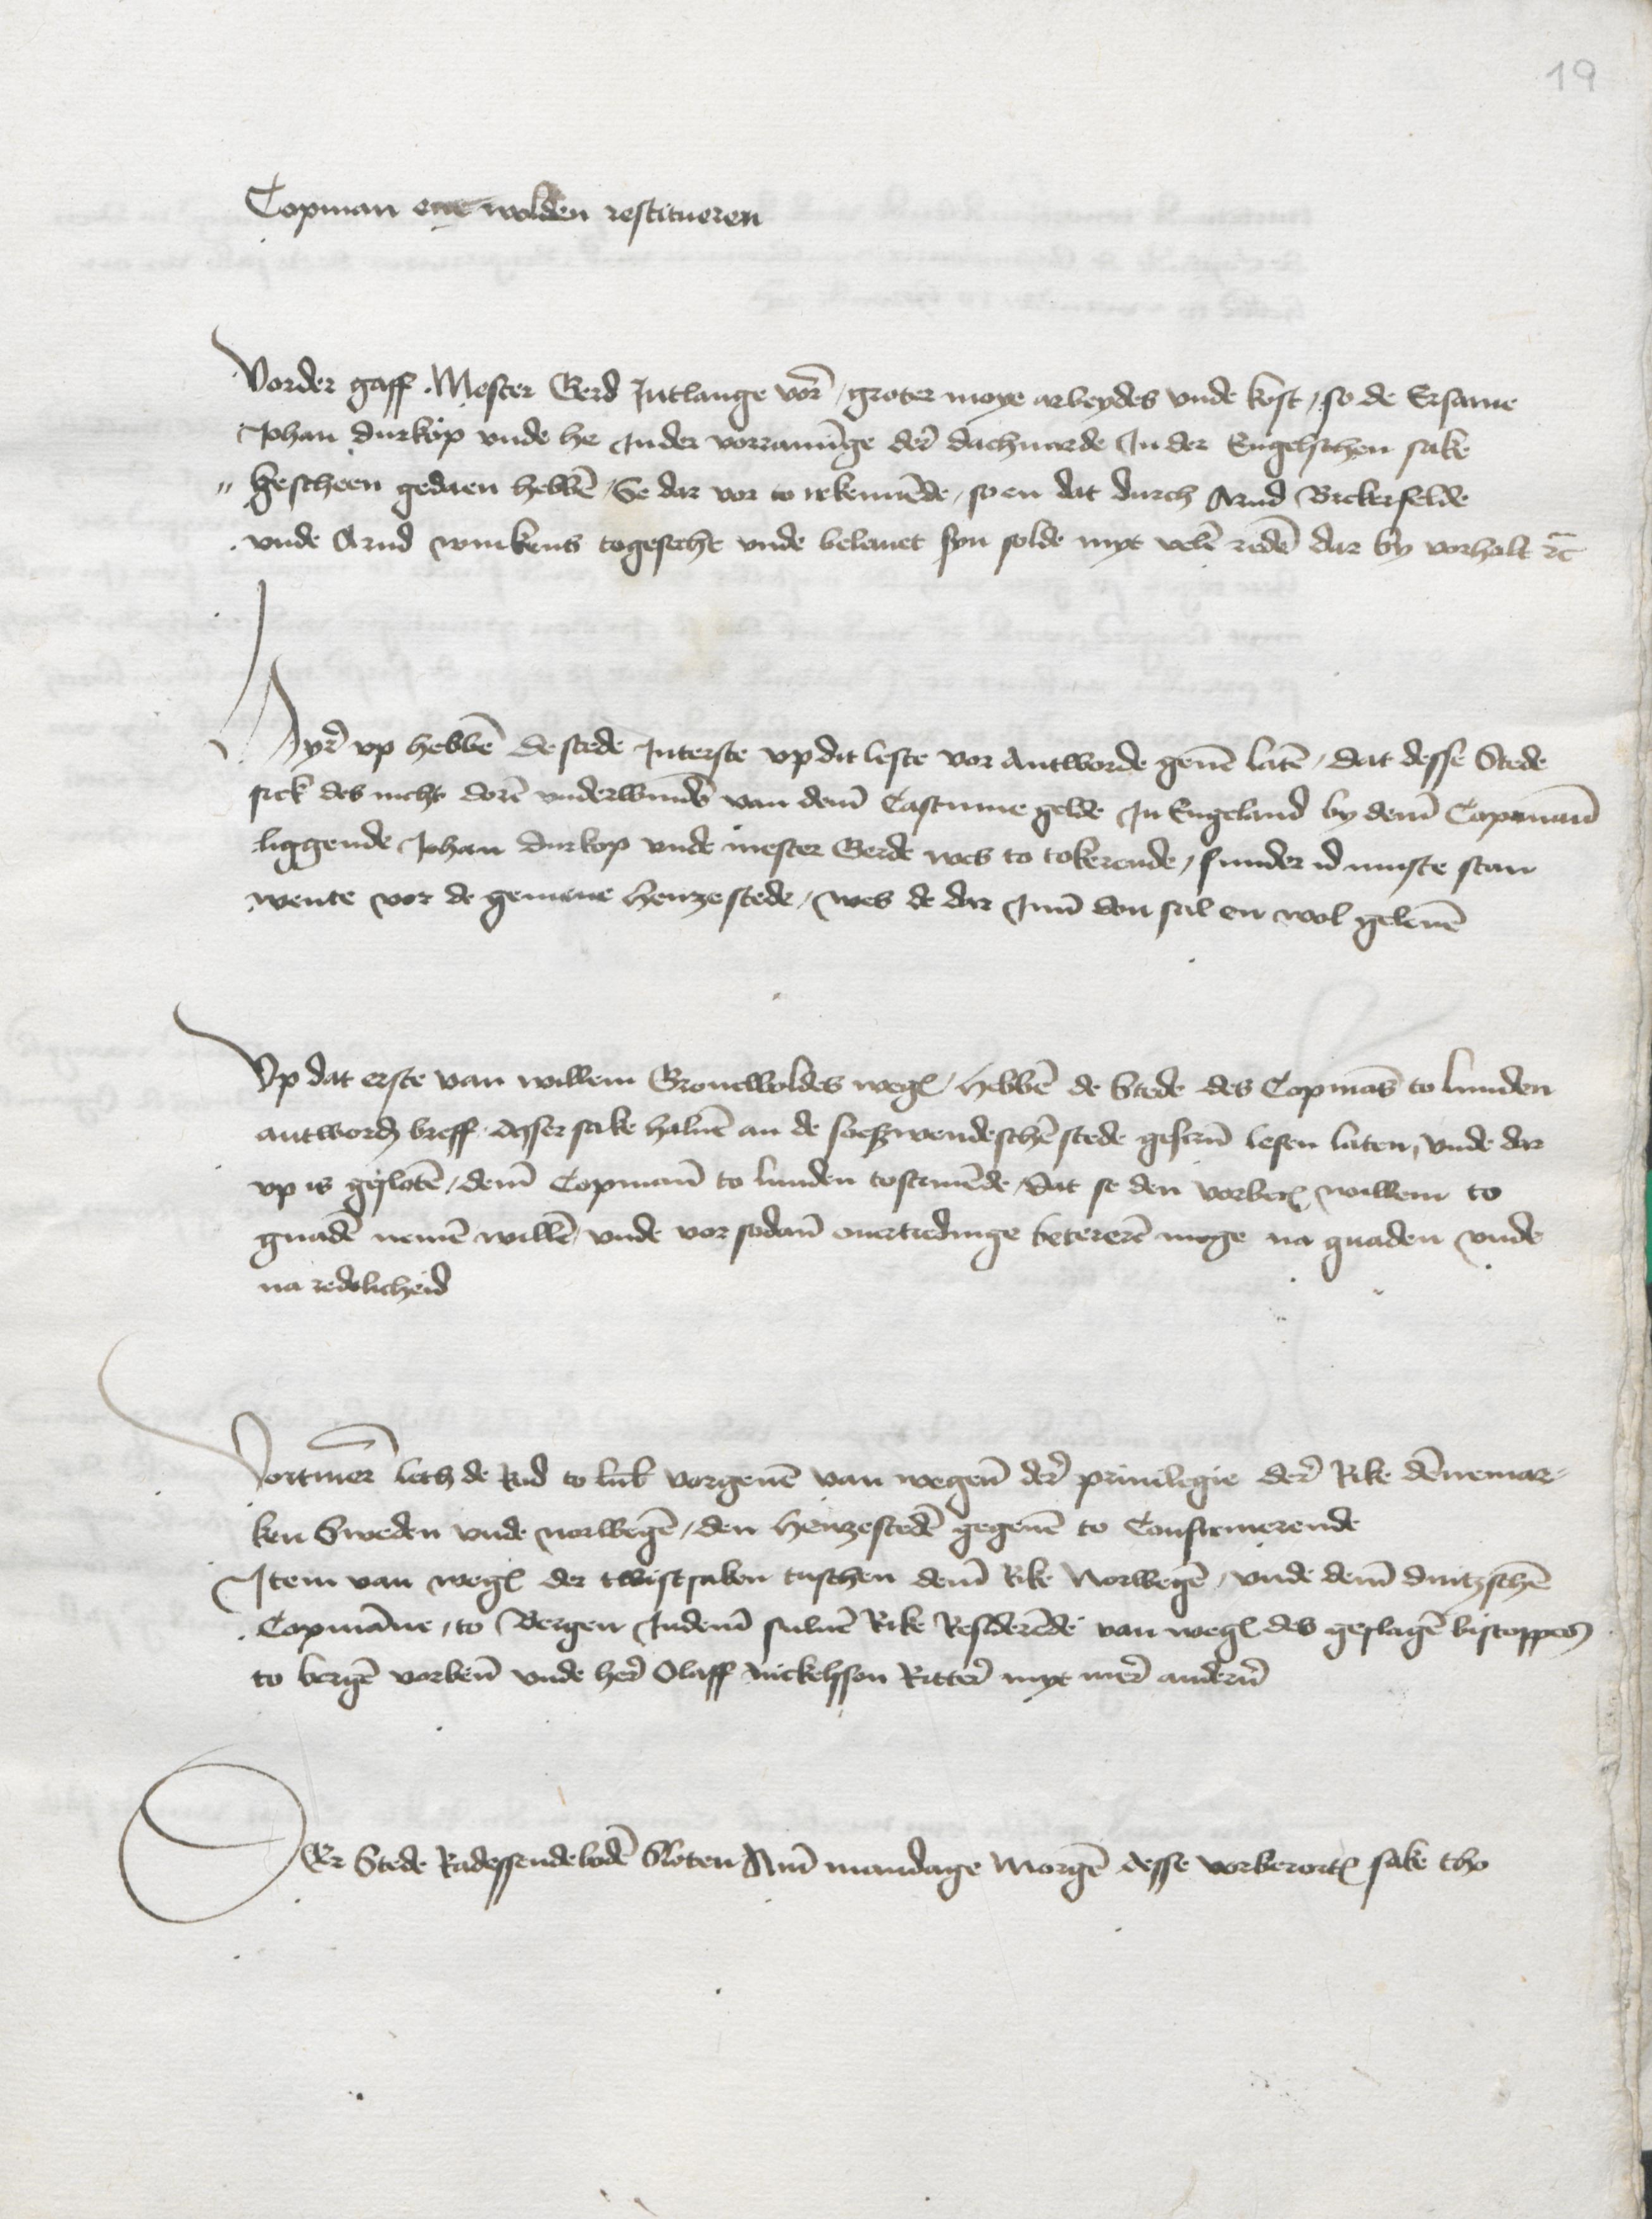
Copman ene wolden restitueren

Vorder gaff Mester Gerd Jntlange vore groter moye arbeydes vnde kost, so de Ersame
Johan Durkop vnde he Jnder vorraminge dere dachuarde Jn der Engelschen sake
bescheen gedaen hebben, Se dar vor to rekennende, so en dat durch Arnd Brekerfelde
vnde Arnd winkens togesecht vnde beleuet syn solde mye velen zeden dar by vorhalt etcetera

Hyre vp hebben de steden Jnterste vp dit leste vor antworde geuen laten, dat desse Stede
sick des nicht doren vnderwinden van deme Castume gelde Jn Engeland by deme Copmann
liggende Johan Durkop vnde mester Gerde wes to tokerende, sunder id muste stan
wente voor de gemene henze stede, wes de dar Jnne don sal en wol geleuen

Vp dat erste van Willem Gronewoldes wegen, hebben de Stede des Copmans to Lunden
antworde breff desser sake haluen an de soeßwendeschen stede gescreuen lesen laten, vnde dar
vp is gesloten deme Copmann to Lunden toscreuende, dat se den vorberorden Willem to
gnaden nemen willen, vnde vor sodane ouertredinge betereren moge na gnaden vnde
na redelicheid

Vortmer leth de Rad to Lubeke vorgeuen van wegene dere priuilegie dere Rike Dennemar¬
ken Sweden vnde Norwegen, den henzesteden gegeuen to Confirmerende
Jtem van wegen der twistsaken tuschen deme Rike Norwegen, vnde deme deutzschen
Copmanne, to Bergen Jndeme suluen Rike Residerende van wegen des geslagen biscoppes
to Bergen vorbenomede vnde here Olaff Nickelsson Rittere myt mere anderen

Der Stede Radessendeboden Sloten Ame mandage morgen desse vorberorten sake tho